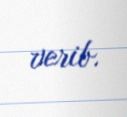
verib.